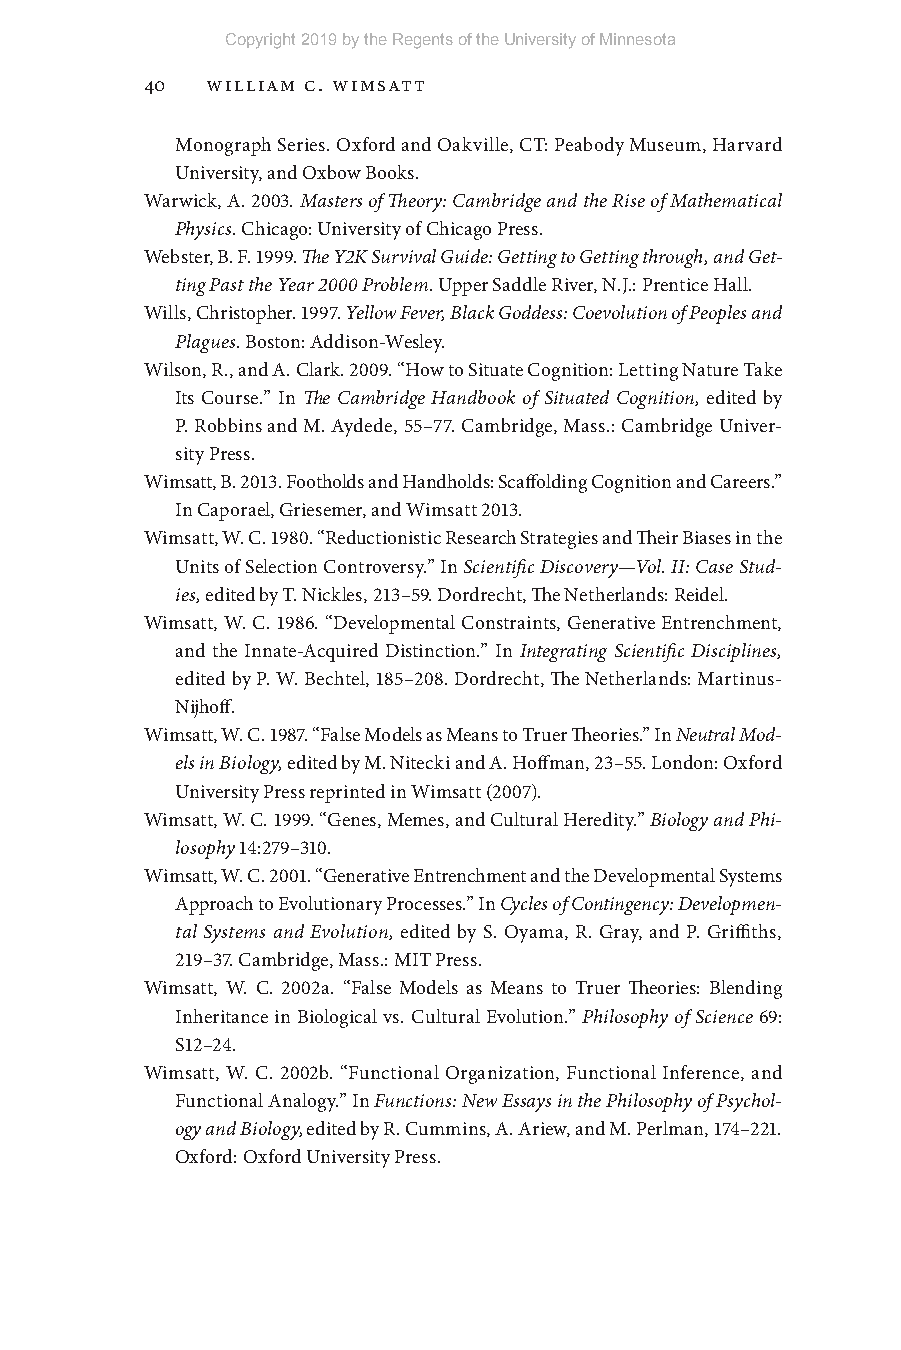
Copyright 2019 by the Regents of the University of Minnesota
 40  William C. Wimsatt
 Monograph Series. Oxford and Oakville, CT: Peabody Museum, Harvard
 University, and Oxbow Books.
 Warwick, A. 2003. Masters of Theory: Cambridge and the Rise of Mathematical
 Physics. Chicago: University of Chicago Press.
 Webster, B. F. 1999. The Y2K Survival Guide: Getting to Getting through, and Get-
 ting Past the Year 2000 Problem. Upper Saddle River, N.J.: Prentice Hall.
 Wills, Christopher. 1997. Yellow Fever, Black Goddess: Coevolution of Peoples and
 Plagues. Boston: Addison- Wesley.
 Wilson, R., and A. Clark. 2009. “How to Situate Cognition: Letting Nature Take
 Its Course.” In The Cambridge Handbook of Situated Cognition, edited by
 P. Robbins and M. Aydede, 55– 77. Cambridge, Mass.: Cambridge Univer-
 sity Press.
 Wimsatt, B. 2013. Footholds and Handholds: Scaffolding Cognition and Careers.”
 In Caporael, Griesemer, and Wimsatt 2013.
 Wimsatt, W. C. 1980. “Reductionistic Research Strategies and Their Biases in the
 Units of Selection Controversy.” In Scientific Discovery— Vol. II: Case Stud-
 ies, edited by T. Nickles, 213– 59. Dordrecht, The Netherlands: Reidel.
 Wimsatt, W. C. 1986. “Developmental Constraints, Generative Entrenchment,
 and the Innate- Acquired Distinction.” In Integrating Scientific Disciplines,
 edited by P. W. Bechtel, 185– 208. Dordrecht, The Netherlands: Martinus-
 Nijhoff.
 Wimsatt, W. C. 1987. “False Models as Means to Truer Theories.” In Neutral Mod-
 els in Biology, edited by M. Nitecki and A. Hoffman, 23– 55. London: Oxford
 University Press reprinted in Wimsatt (2007).
 Wimsatt, W. C. 1999. “Genes, Memes, and Cultural Heredity.” Biology and Phi-
 losophy 14:279– 310.
 Wimsatt, W. C. 2001. “Generative Entrenchment and the Developmental Systems
 Approach to Evolutionary Processes.” In Cycles of Contingency: Developmen-
 tal Systems and Evolution, edited by S. Oyama, R. Gray, and P. Griffiths,
 219– 37. Cambridge, Mass.: MIT Press.
 Wimsatt, W. C. 2002a. “False Models as Means to Truer Theories: Blending
 Inheritance in Biological vs. Cultural Evolution.” Philosophy of Science 69:
 S12– 24.
 Wimsatt, W. C. 2002b. “Functional Organization, Functional Inference, and
 Functional Analogy.” In Functions: New Essays in the Philosophy of Psychol-
 ogy and Biology, edited by R. Cummins, A. Ariew, and M. Perlman, 174– 221.
 Oxford: Oxford University Press.